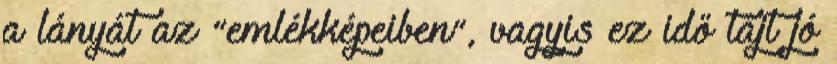
a lányát az “emlékképeiben”, vagyis ez idő tájt jó